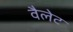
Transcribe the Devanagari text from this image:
वैलेट